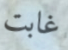
غابت